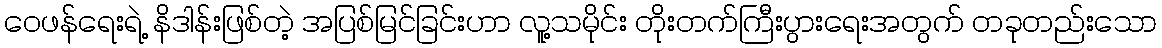
ဝေဖန်ရေးရဲ့ နိဒါန်းဖြစ်တဲ့ အပြစ်မြင်ခြင်းဟာ လူ့သမိုင်း တိုးတက်ကြီးပွားရေးအတွက် တခုတည်းသော